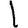
Digit: 1